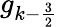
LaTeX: g_{k-\frac 32}